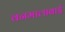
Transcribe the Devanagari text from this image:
वनमालाबाई